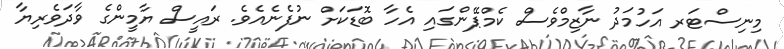
މިނިސްޓަރ އަހުމަދު ނާޒިމްވެސް ކެމްޕޭންގައި އެހާ ބޮޑަކަށް ނުފެނެއެވެ. ރައީސް ޔާމީންގެ ވާދަވެރިޔާ